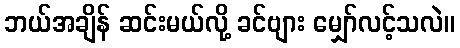
ဘယ်အချိန် ဆင်းမယ်လို့ ခင်ဗျား မျှော်လင့်သလဲ။